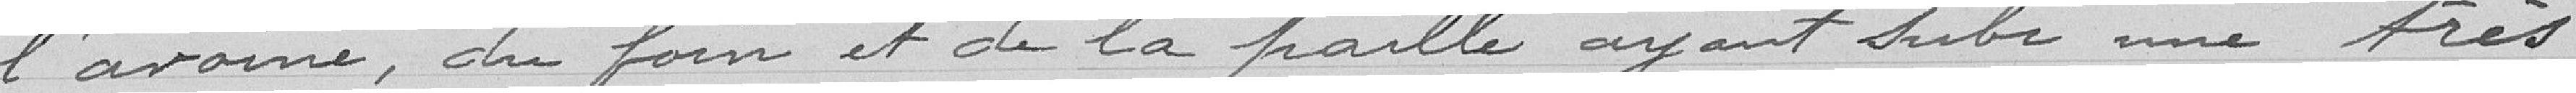
l'avoine, du foin et de la paille ayant subi une très